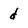
Character: d